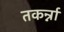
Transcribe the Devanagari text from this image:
तकर्न्ना